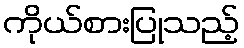
ကိုယ်စားပြုသည့်